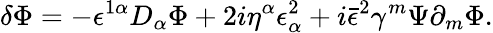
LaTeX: \delta\Phi=-\epsilon^{1\alpha}D_{\alpha}\Phi+2i\eta^{\alpha}\epsilon_{\alpha}^{2}+i\bar{\epsilon}^{2}\gamma^{m}\Psi\partial_{m}\Phi.